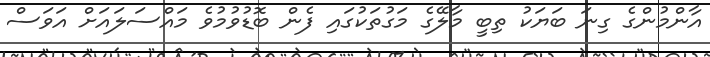
އާންމުންގެ ގިނަ ބަޔަކު ތިބީ މާލޭގެ މަގުތަކުގައި ފެން ބޮޑުވުމުވެ މައްސަލައަށް އަވަސް